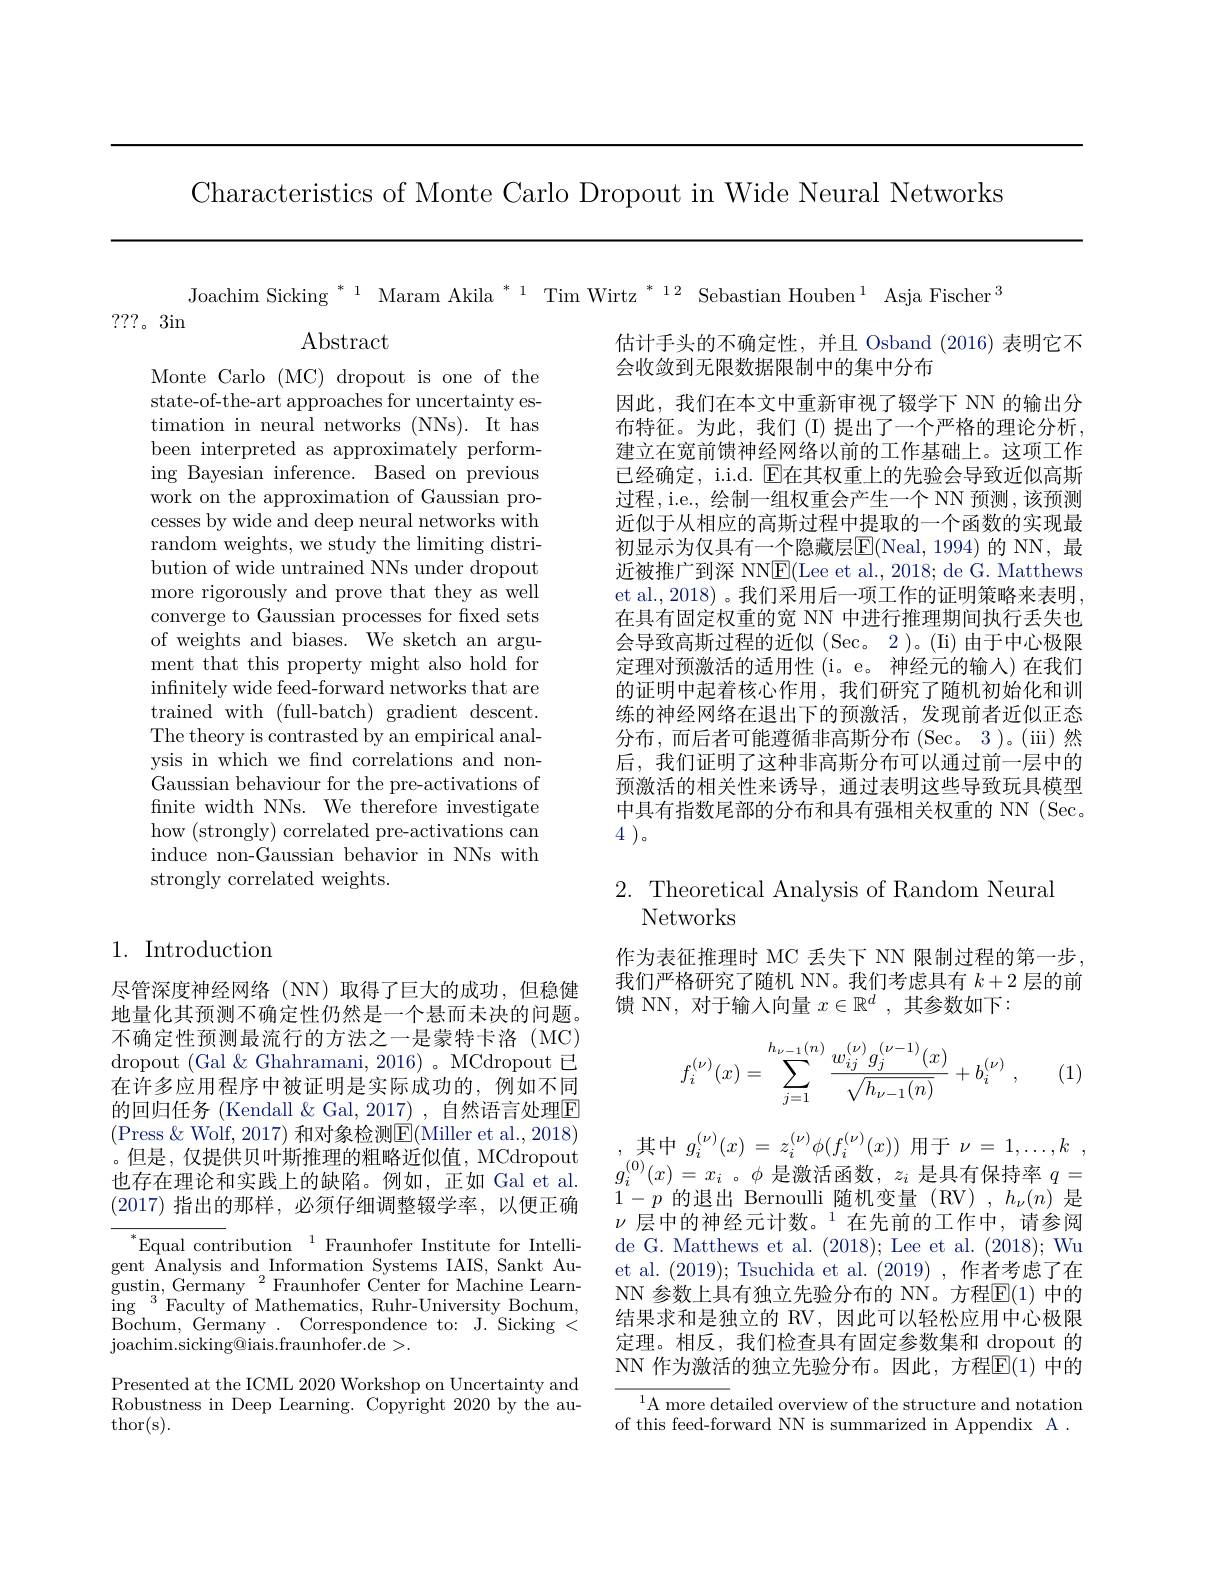
Characteristics of Monte Carlo Dropout in Wide Neural Networks

Joachim Sicking $^{*1}$ Maram Akila $^{*1}$ Tim Wirtz $^{*12}$ Sebastian Houben$^{1}$ Asja Fischer$^{\textcircled{3}}$

???。3in

$\operatorname{Abstract}$

估计手头的不确定性，并且 Osband (2016) 表明它不
会收敛到无限数据限制中的集中分布
因此，我们在本文中重新审视了辍学下 NN 的输出分布特征。为此，我们(I)提出了一个严格的理论分析， 建立在宽前馈神经网络以前的工作基础上。这项工作已经确定，i.i.d. $\mathbb{E}$在其权重上的先验会导致近似高斯过程，i.e., 绘制一组权重会产生一个 NN 预测，该预测近似于从相应的高斯过程中提取的一个函数的实现最初显示为仅具有一个隐藏层E$( Neal, 1994)$ 的 NN, 最近被推广到深 NNE(Lee et al., 2018; de G. Matthews et al., 2018) 。我们采用后一项工作的证明策略来表明， 在具有固定权重的宽 NN 中进行推理期间执行丢失也会导致高斯过程的近似 (Sec。2 )。(Ii) 由于中心极限定理对预激活的适用性 (i。e。神经元的输人)在我们的证明中起着核心作用，我们研究了随机初始化和训练的神经网络在退出下的预激活，发现前者近似正态分布，而后者可能遵循非高斯分布(Sec。3)。(iii)然后，我们证明了这种非高斯分布可以通过前一层中的预激活的相关性来诱导，通过表明这些导致玩具模型中具有指数尾部的分布和具有强相关权重的 NN (Sec. 4 )。

Monte Carlo (MC) dropout is one of the state-of-the-art approaches for uncertainty estimation in neural networks (NNs). It has been interpreted as approximately performing Bayesian inference. Based on previous work on the approximation of Gaussian processes by wide and deep neural networks with random weights, we study the limiting distribution of wide untrained NNs under dropout more rigorously and prove that they as well converge to Gaussian processes for fxed sets of weights and biases. We sketch an argument that this property might also hold for infinitely wide feed-forward networks that are trained with (full-batch) gradient descent. The theory is contrasted by an empirical analysis in which we find correlations and nonGaussian behaviour for the pre-activations of finite width NNs. We therefore investigate how (strongly) correlated pre-activations can induce non-Gaussian behavior in NNs with strongly correlated weights.

# 2. Theoretical Analysis of Random Neural Networks

1. Introduction

作为表征推理时 MC 丢失下 NN 限制过程的第一步我们严格研究了随机 NN。我们考虑具有$k+2$层的前馈 NN, 对于输入向量$x\in\mathbb{R}^d$,其参数如下：
$$f_i^{(\nu)}(x)=\sum\limits_{j=1}^{h_{\nu-1}(n)}\frac{w_{ij}^{(\nu)}g_j^{(\nu-1)}(x)}{\sqrt{h_{\nu-1}(n)}}+b_i^{(\nu)}\:,$$
(1)

尽管深度神经网络(NN)取得了巨大的成功，但稳健地量化其预测不确定性仍然是一个悬而未决的问题。不确定性预测最流行的方法之一是蒙特卡洛(MC) dropout (Gal $\&$ Ghahramani, 2016)。MCdropout 已在许多应用程序中被证明是实际成功的，例如不同的回归任务 (Kendall & Gal, 2017) , 自然语言处理区(Press $\&$ Wolf, 2017) 和对象检测$\mathbb{E}($Miller et al.,2018) $\begin{array}{ccc}(\text{Press }\&\mathrm{~Wolf},2017)\text{ 和对象检测E}(\text{Miller et al.},2018)&,\text{其中 }g_{i}^{(\nu)}(x)=z_{i}^{(\nu)}\phi(f_{i}^{(\nu)}(x))\text{ 用于 }\nu=1,\ldots,k\\\text{。但是},\text{仅提供贝叶斯推理的粗略近似值，MCdropout}&,\text{其中 }g_{i}^{(\nu)}(x)=z_{i}^{(\nu)}\phi(f_{i}^{(\nu)}(x))\text{ 用于 }\nu=1,\ldots,k\\\text{也存在理论和实践上的缺陷。例如，正如 Gal et al.}&\end{array}$
(2017)指出的那样，必须仔细调整辍学率，以便正确

$1-p$的退出 Bernoulli 随机变量(RV),$h_\nu(n)$是$\nu\text{ 层中的神经元计数。}^{1}$在先前的工作中，请参阅de G. Matthews et al. (2018); Lee et al. (2018); Wu et al. (2019); Tsuchida et al. (2019) , 作者考虑了在NN 参数上具有独立先验分布的 NN。方程$\mathbb{E}(1)$ 中的结果求和是独立的 RV, 因此可以轻松应用中心极限定理。相反，我们检查具有固定参数集和 dropout 的NN 作为激活的独立先验分布。因此，方程$\mathbb{E}(1)$ 中的

$^*$Equal contribution$^1$Fraunhofer Institute for Intelligent Analysis and Information Systems IAIS, Sankt Au- $\mathrm{gustin, ~Germany~}^{2}$Fraunhofer Center for Machine Learn- $\mathrm{gustin, ~Germany~}^{2}$Fraunhofer Center for Machine Learning $^{3^{\prime}}$Faculty of Mathematics, Ruhr-University Bochum, Bochum, Germany. Correspondence to: J. Sicking < joachim.sicking@iais.fraunhofer.de>.
Presented at the ICML 2020 Workshop on Uncertainty and Robustness in Deep Learning. Copyright 2020 by the author( s) .

$^{1}$A more detailed overview of the structure and notation of this feed-forward NN is summarized in Appendix A .